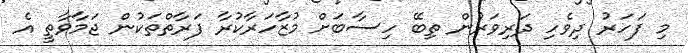
މި ފަހަރު ދިވެހި ދަރިވަރުން ތިބޭ ހިސާބަށް މުޒާހަރާކުރާ ފަރާތްތަކުން ޖަމާވާތީ އެ